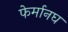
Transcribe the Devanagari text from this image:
फेर्मानघ